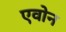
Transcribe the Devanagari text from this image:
एवोन